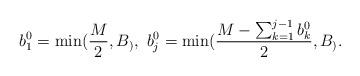
LaTeX: \begin{align*} &b_1^0 = \min( \frac{M}{2}, B_), \ b_j^0 = \min( \frac{M- \sum_{k=1}^{j-1} b_k^0 }{2}, B_ ). \end{align*}